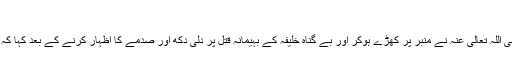
"
اگلے روز نماز کے بعد علی رضی اللہ تعالی عنہ نے منبر پر کھڑے ہوکر اور بے گناہ خلیفہ کے بہیمانہ قتل پر دلی دکھ اور صدمے کا اظہار کرنے کے بعد کہا کہ آپ کسی کو خلیفہ منتخب کر لیں۔